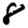
Digit: 8